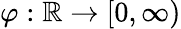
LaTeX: \varphi:\mathbb{R}\to[0,\infty)